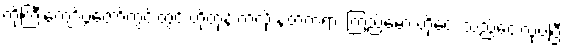
ကိုကြီးကျော်ပွဲတော်ကွင်းတွင် ဟိုတုန်းကလို နတ်ကရား ကြည့်မော့ ဟိုငေး သည်ငေးလုပ်ပြီး